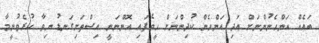
ބައެއް އަންހެނުންނަށް އަދި އަންހެން ކުދިންނަށް ހީވެފައި އޮންނަނީ އިސްތަށިގަނޑު ނިވާ ކުރެވުނީމާ